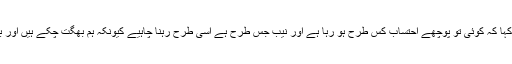
نواز شریف نے کہا کہ کوئی تو پوچھے احتساب کس طرح ہو رہا ہے اور نیب جس طرح ہے اسی طرح رہنا چاہیے کیونکہ ہم بھگت چکے ہیں اور باقی بھی بھگتیں۔